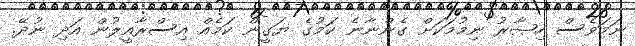
ނަމަވެސް ހިޞާރު ނިމުމަކަށް ގެންނާނެ ކަމުގެ ޔަގީން ކަމެއް އިސްރާއީލުން އަދި ނުދޭ.